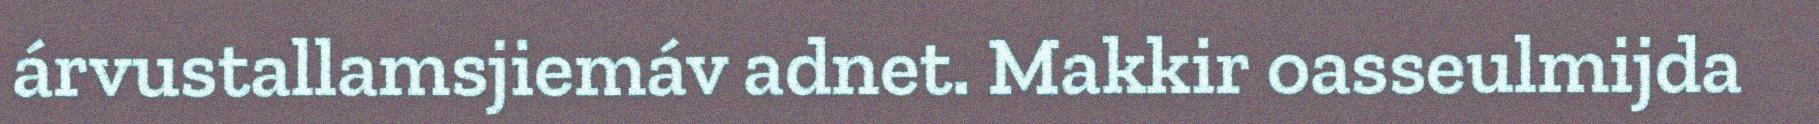
árvustallamsjiemáv adnet. Makkir oasseulmijda